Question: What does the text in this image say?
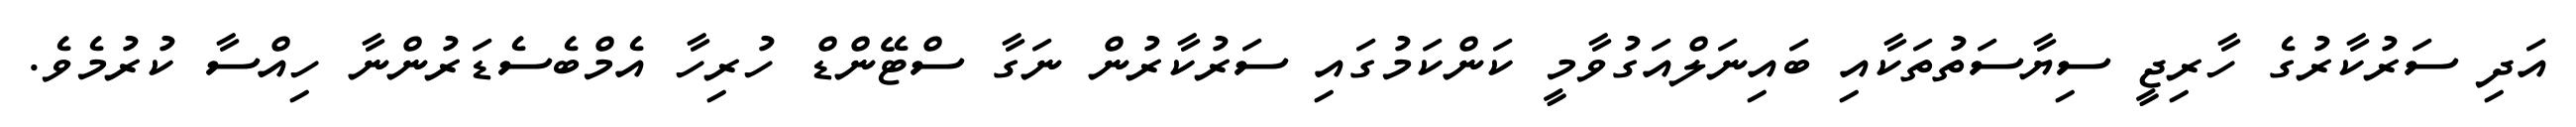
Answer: އަދި ސަރުކާރުގެ ހާރިޖީ ސިޔާސަތުތަކާއި ބައިނަލްއަގުވާމީ ކަންކަމުގައި ސަރުކާރުން ނަގާ ސްޓޭންޑް ހުރިހާ އެމްބެސެޑަރުންނާ ހިއްސާ ކުރުމެވެ.